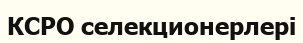
КСРО селекционерлері